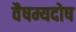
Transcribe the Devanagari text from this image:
वैषम्यदोष